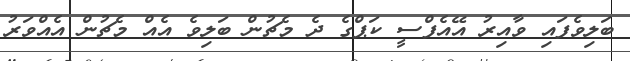
ބަލިވެފައި ވާއިރު އޭއެފްސީ ކަޕްގެ ދެ މެޗުން ބަލިވެ އެއް މެޗުން އެއްވަރު